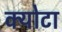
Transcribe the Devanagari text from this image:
क्योटा